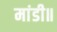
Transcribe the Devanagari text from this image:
मांडी॥